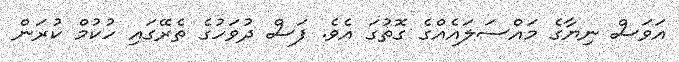
އަވަސް ނިޔާގެ މައްސަލައެއްގެ ގޮތުގަ އެވެ. ފަސް ދުވަހުގެ ތެރޭގައި ހުކުމް ކުރަން